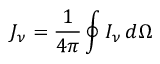
J _ { \nu } = { \frac { 1 } { 4 \pi } } \oint I _ { \nu } \, d \Omega